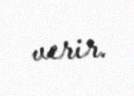
verir.